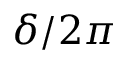
\delta / 2 \pi